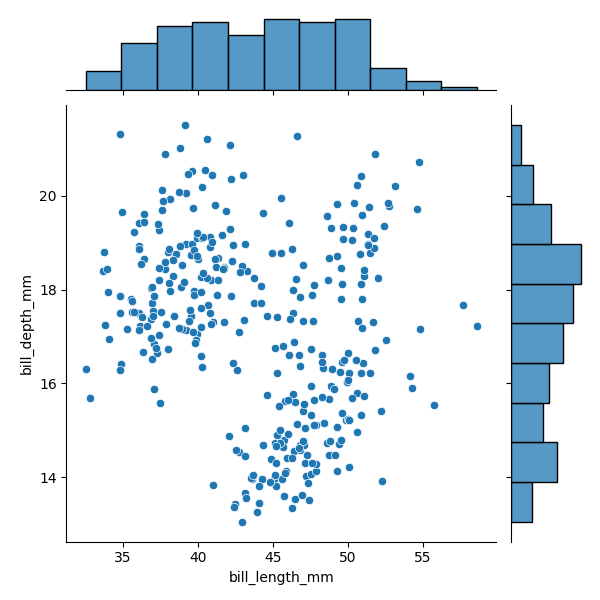
python, seaborn, JointGrid, scatterplot, histplot